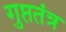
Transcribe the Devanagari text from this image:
गुप्ततंत्र